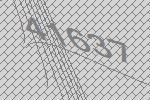
41637